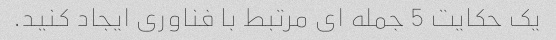
یک حکایت 5 جمله ای مرتبط با فناوری ایجاد کنید.